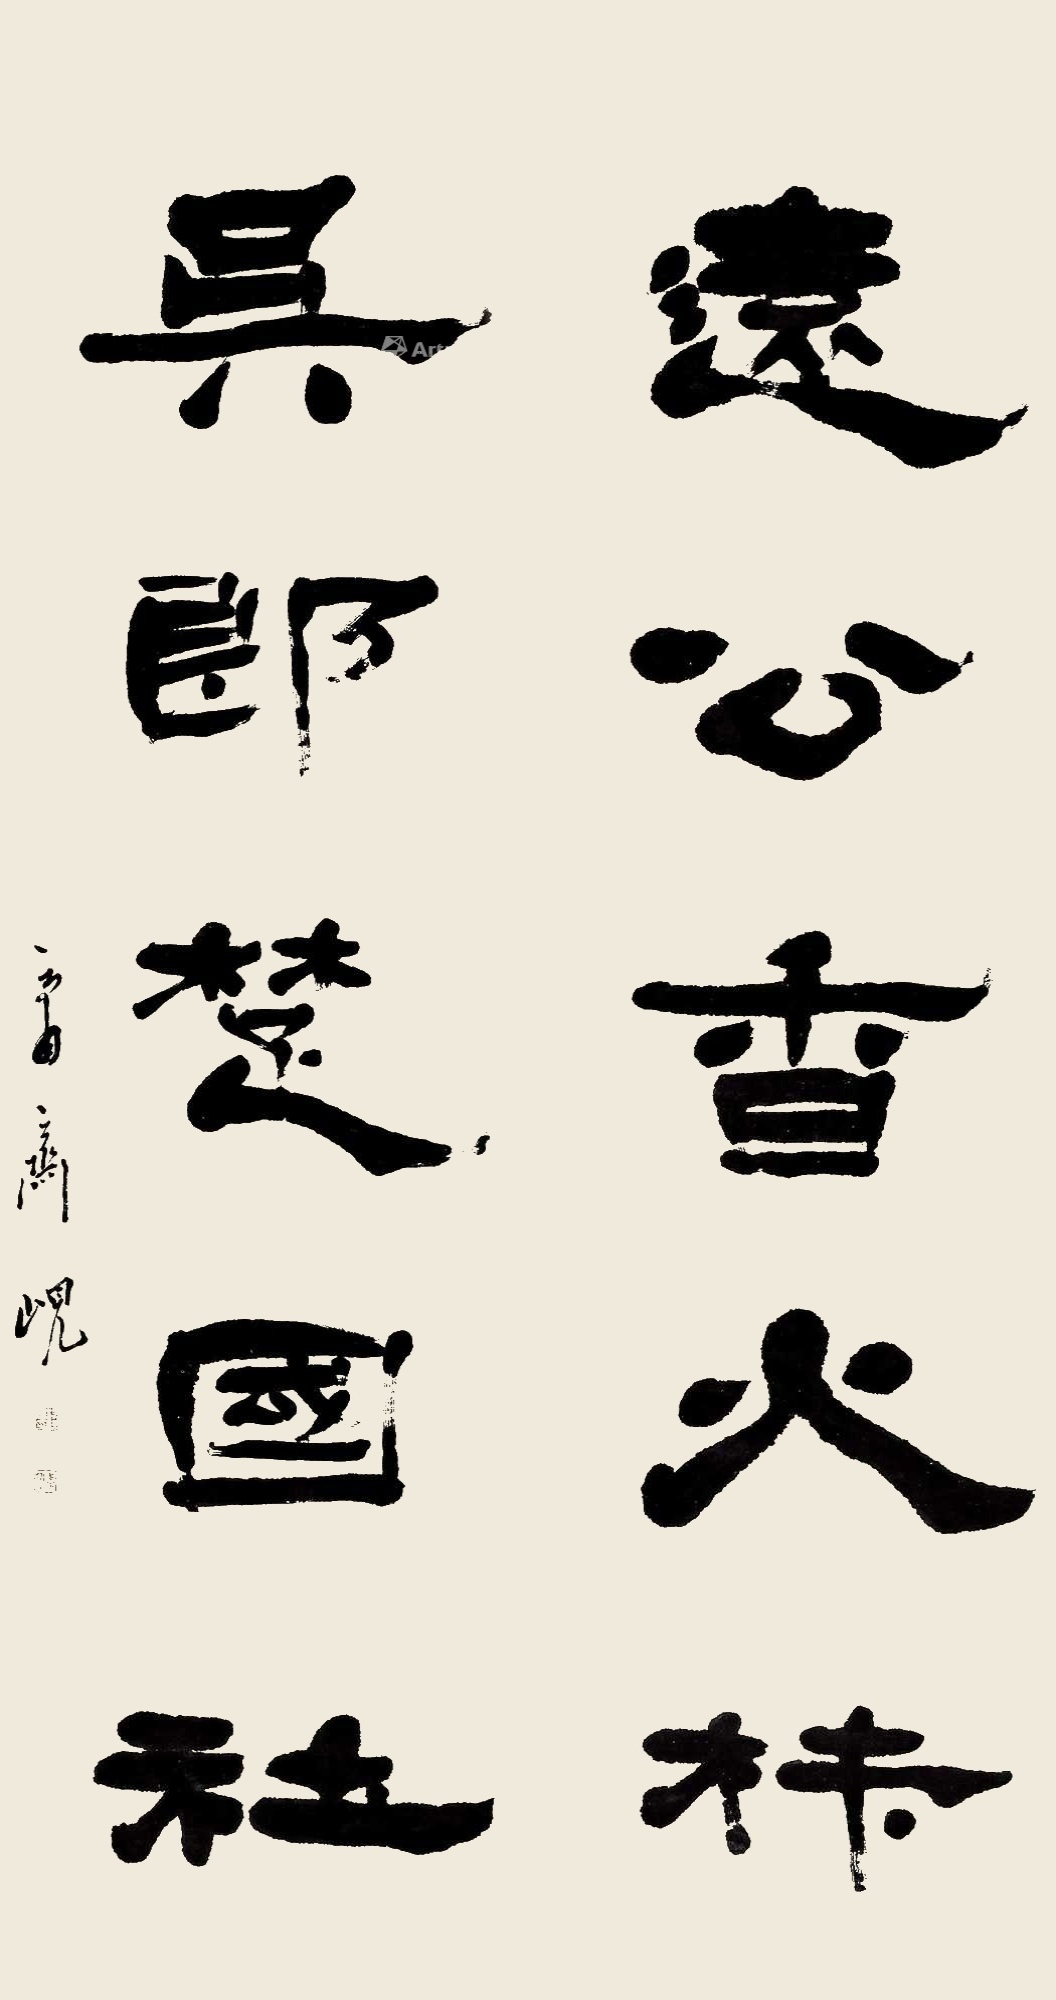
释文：远公香火材，吴郎楚国社。庸斋岘。